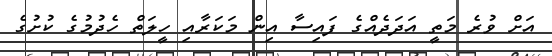
އަށް ވުރެ މަތީ އަދަދެއްގެ ފައިސާ އިން މަކަރާއި ހީލަތް ހެދުމުގެ ކުށުގެ